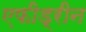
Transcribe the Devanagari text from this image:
एफीड्रीन